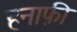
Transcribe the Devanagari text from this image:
हनाफ़ी